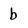
Character: b